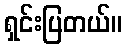
ရှင်းပြတယ်။